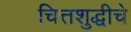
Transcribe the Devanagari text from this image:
चित्तशुद्धीचे